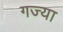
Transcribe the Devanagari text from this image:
गज्या